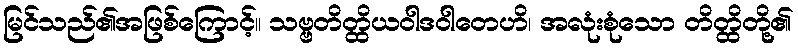
မြင်သည်၏အဖြစ်ကြောင့်။ သဗ္ဗတိတ္ထိယဝါဒဝါတေဟိ၊ အလုံးစုံသော တိတ္ထိတို့၏